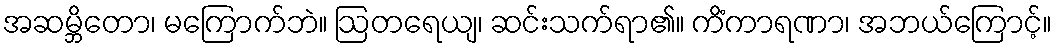
အဆမ္ဘိတော၊ မကြောက်ဘဲ။ ဩတရေယျ၊ ဆင်းသက်ရာ၏။ ကိံကာရဏာ၊ အဘယ်ကြောင့်။